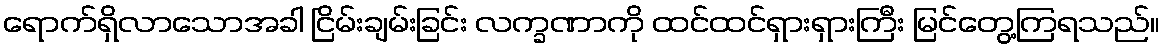
ရောက်ရှိလာသောအခါ ငြိမ်းချမ်းခြင်း လက္ခဏာကို ထင်ထင်ရှားရှားကြီး မြင်တွေ့ကြရသည်။